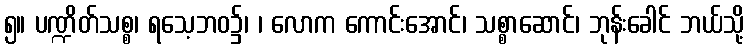
၅။ ပဏ္ဍိတ်သစ္စ၊ ရသေ့ဘဝ၌၊ ၊ လောက ကောင်းအောင်၊ သစ္စာဆောင်၊ ဘုန်းခေါင် ဘယ်သို့